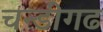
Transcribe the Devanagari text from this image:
चन्डीगढ